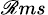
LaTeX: _{\mathscr{R}ms}